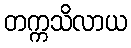
တက္ကသိလာယ